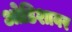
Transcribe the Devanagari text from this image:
ओडिशावर